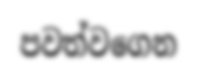
පවත්වගෙන